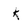
Character: K